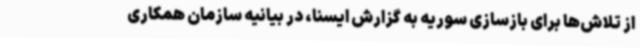
از تلاش‌ها برای بازسازی سوریه به گزارش ایسنا، در بیانیه سازمان همکاری